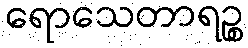
ရောသေတာရဉ္စ